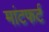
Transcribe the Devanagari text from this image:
मांटफर्ट